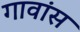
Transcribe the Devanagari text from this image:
गावांस